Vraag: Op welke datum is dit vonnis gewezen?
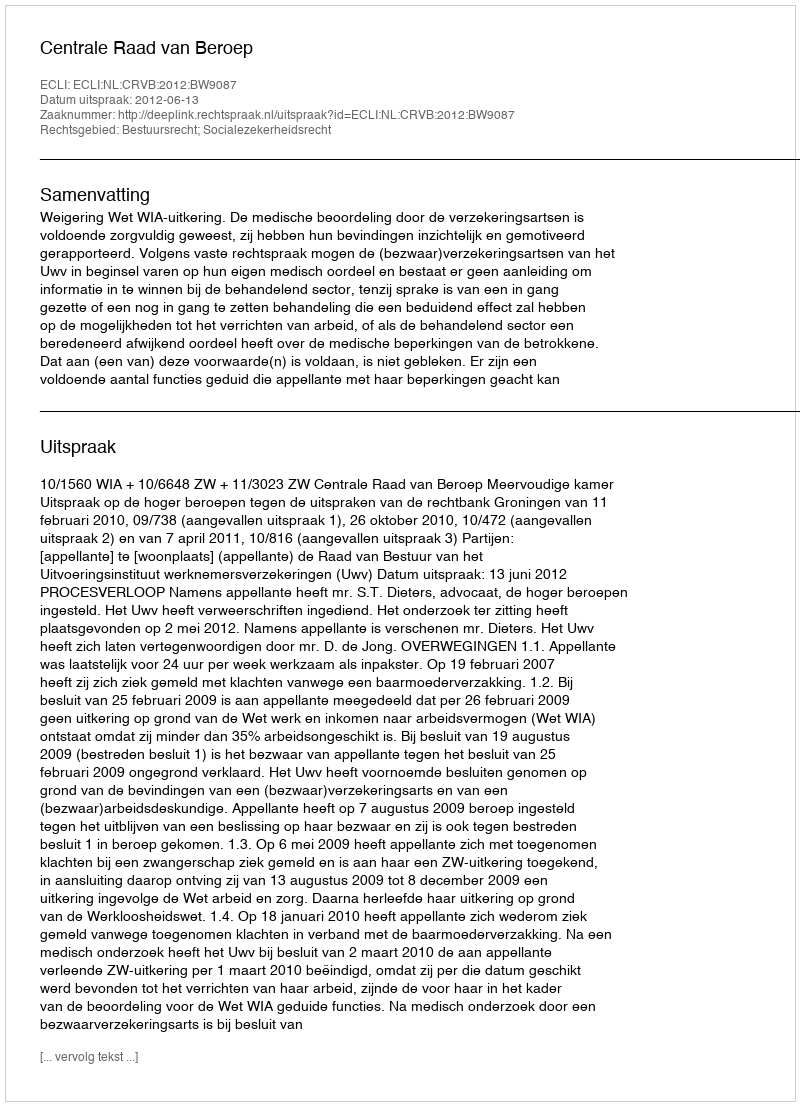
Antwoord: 2012-06-13